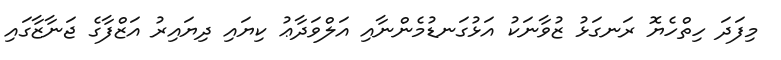
މިފަދަ ހިތްހެޔޮ ރަނގަޅު ޒުވާނަކު އަޅުގަނޑުމެންނާއި އަލްވަދާޢު ކިޔައި ދިޔައިރު އަޒްފާގެ ޖަނާޒާގައި